Civil Veterinary Department Bihar & Orissa reports 1929-36 - 1929-1936
Year: 1929
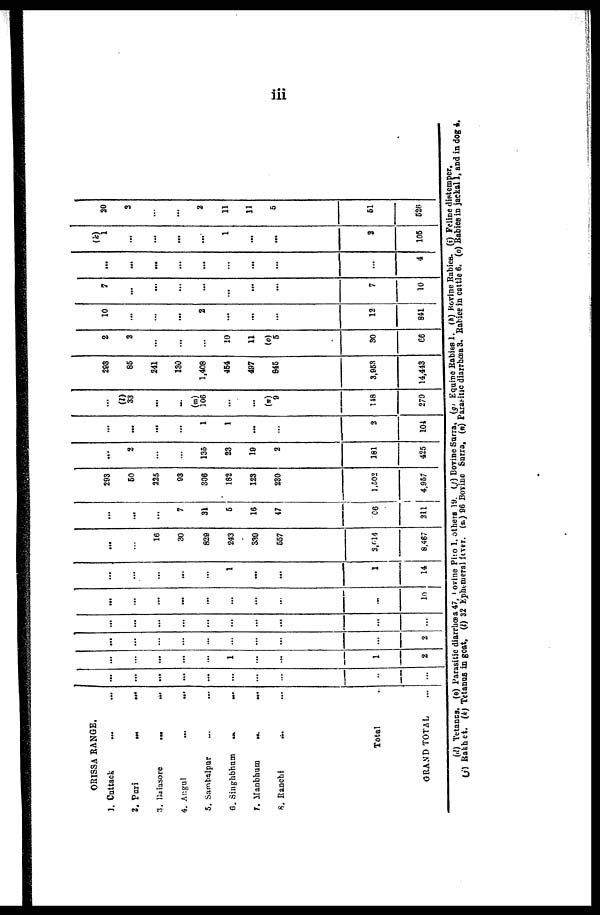
iii
ORISSA RANGE.
1. Cuttack ... ...
2.
Puri
...
...
3. Balasore
...
...
4. Angul ... ...
5. Sambalpur ... ...
6. Singhbhum
...
...
7. Manbhum .. ...
8. Ranchi ... ...
Total ...
GRAND TOTAL ...
...
...
...
...
...
...
...
...
...
...
...
...
...
1
...
...
1
2
...
...
...
...
...
...
...
...
...
2
...
...
...
...
...
...
...
...
...
...
...
...
...
...
...
...
...
10
...
...
...
...
...
1
...
...
1
14,
...
...
16
30
829
243
339
557
2,014
8,467
...
...
...
7
31
5
16
47
66
211
293
50
225
93
306
182
123
230
1,502
4,957
...
2
...
...
135
23
19
2
181
425
...
...
...
...
1
1
...
...
2
101
...
(l)
33
...
...
(m)
106
...
...
(n)
9
148
279
293
85
241
130
1,408
454
497
845
3,953
14,443
2
2
...
...
...
10
11
(o)
5
30
66
10
...
...
...
2
...
...
...
12
841
7
...
...
...
...
...
...
...
7
10
...
...
...
...
...
...
...
...
...
4
(k)
1
...
...
...
...
1
...
...
2
105
20
2
...
...
2
11
11
5
51
526
(d) Tetanus. (e) Parasitic diarrhœ a 47, Bovine Pito 1, others 19. (f) Bovine Surra. (g) Equine Rabies 1. (h) Bovine Rabies. (i) Feline distemper.
(j) Rakhet. (k) Tetanus in goat. (l) 32 Ephemeral fever. (m) 96 Bovine Snrra. (n) Parasitic diarrhœa 3. Rabies in cattle 6. (o) Rabies in jackal 1, and in dog 4 .